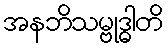
အနဘိသမ္ဗုဒ္ဓါတိ